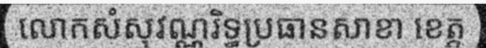
លោកសំសុវណ្ណរិទ្ធប្រធានសាខា ខេត្ត